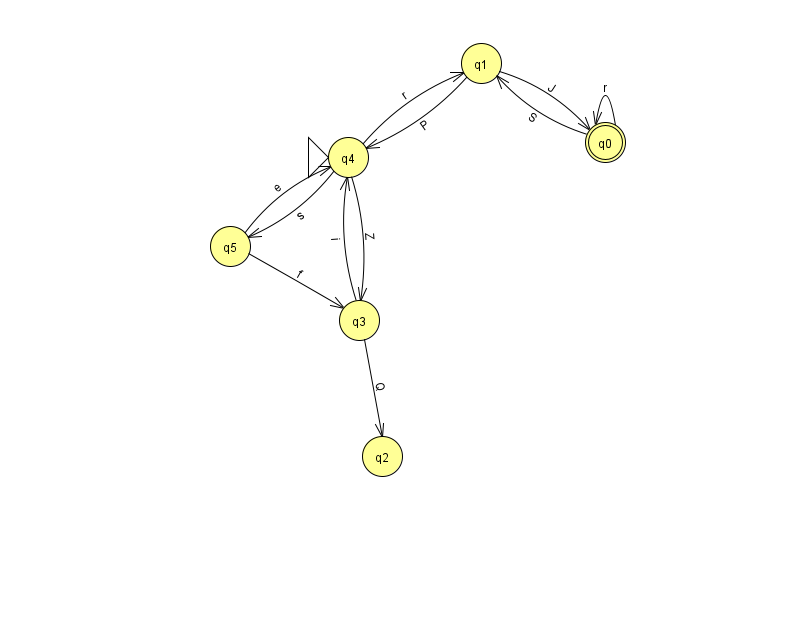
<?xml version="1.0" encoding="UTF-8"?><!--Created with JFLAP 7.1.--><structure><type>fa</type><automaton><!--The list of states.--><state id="0" name="q0"><x>605.0</x><y>129.0</y><final/></state><state id="1" name="q1"><x>481.0</x><y>50.0</y></state><state id="2" name="q2"><x>382.0</x><y>443.0</y></state><state id="3" name="q3"><x>359.0</x><y>307.0</y></state><state id="4" name="q4"><x>348.0</x><y>144.0</y><initial/></state><state id="5" name="q5"><x>230.0</x><y>233.0</y></state><!--The list of transitions.--><transition><from>0</from><to>1</to><read>S</read></transition><transition><from>4</from><to>1</to><read>r</read></transition><transition><from>0</from><to>0</to><read>r</read></transition><transition><from>1</from><to>4</to><read>P</read></transition><transition><from>3</from><to>4</to><read>i</read></transition><transition><from>5</from><to>3</to><read>f</read></transition><transition><from>4</from><to>3</to><read>Z</read></transition><transition><from>1</from><to>0</to><read>J</read></transition><transition><from>3</from><to>2</to><read>Q</read></transition><transition><from>5</from><to>4</to><read>e</read></transition><transition><from>4</from><to>5</to><read>s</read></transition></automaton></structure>